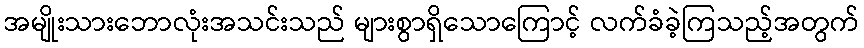
အမျိုးသားဘောလုံးအသင်းသည် များစွာရှိသောကြောင့် လက်ခံခဲ့ကြသည့်အတွက်